Vaccination United Provinces of Agra and Oudh 1923-1928 - 1923-1928
Year: 1923
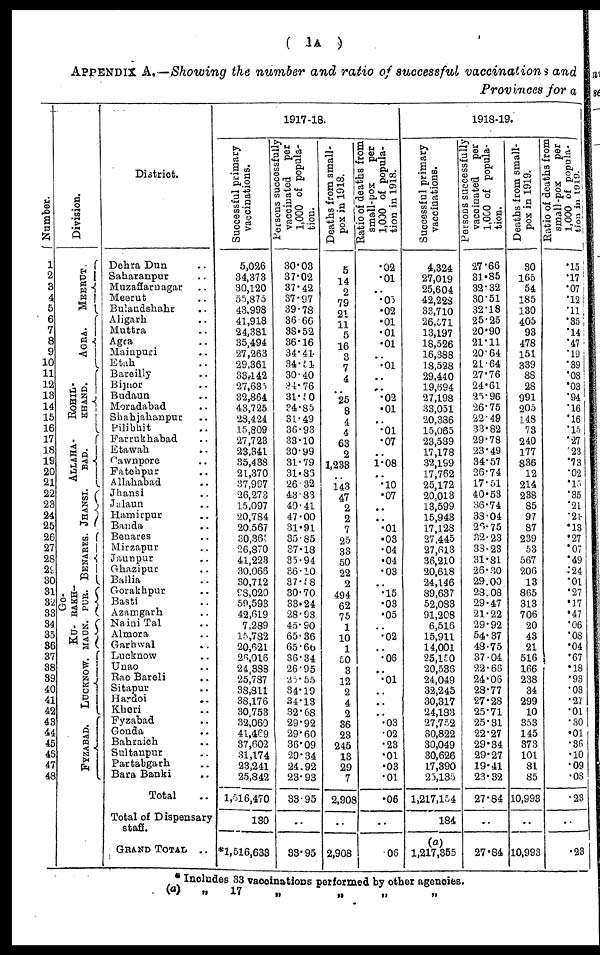
( 1A )
APPENDIX A.—Showing the number and ratio of successful vaccinations and
Provinces for a
Number.
1
2
3
4
5
6
7
8
9
10
11
12
13
14
15
16
17
18
19
20
21
22
23
24
25
26
27
28
29
30
31
32
33
34
35
36
37
38
39
40
41
42
43
44
45
46
47
48
Division.
MEERUT .
AGRA.
ROHIL¬
KHAND.
ALLAHA-
BAD.
JHANSI.
BENARES.
Go¬
RAKH¬
PUR.
KU¬
MAUN.
LUCKNOW.
FYZABAD.
District.
Dehra Dun ..
Saharanpur ..
Muzaffarnagar ..
Meerut ..
Bulandshahr ..
Aligarh ..
Muttra ..
Agra ..
Mainpuri ..
Etah ..
Bareilly ..
Bijnor ..
Budaun ..
Moradabad ..
Shahjahanpur ..
Pilibhit ..
Farrukhabad ..
Etawah ..
Cawnpore ..
Fatehpur ..
Allahabad ..
Jhansi ..
Jalaun ..
Hamirpur ..
Banda ..
Benares ..
Mirzapur ..
Jaunpur ..
Ghazipur ..
Ballia ..
Gorakhpur ..
Basti ..
Azamgarh ..
Naini Tal ..
Almora ..
Garhwal ..
Lucknow ..
Unao ..
Rae Bareli ..
Sitapur ..
Hardoi ..
Kheri ..
Fyzabad ..
Gonda ..
Bahraich ..
Sultanpur ..
Partabgarh ..
Bara Banki ..
Total ..
Total of Dispensary
staff.
GRAND TOTAL ..
1917-18.
Successful primary
vaccinations.
5,026
34,373
30,120
55,875
43,998
41,918
24,381
35,494
27,263
29,361
33,142
27,635
32,864
43,725
28,424
15,809
27,723
23,341
35,438
21,370
37,997
26,273
15,097
20,784
20,567
30,365
26,870
41,223
30,066
30,712
98,020
50,593
42,619
7,289
15,782
20,621
26,016
24,388
25,787
38,811
38,176
30,753
32,060
41,469
37,602
31,174
23,241
25,842
1,516,470
130
*1, 516,638
Persons successfully
vaccinated per
1,000 of popula-
tion.
30.03
37.02
37.42
37.97
39.78
36.66
38.52
36.16
34.41
34.51
30.40
34.76
31.50
34.85
31.49
36.93
33.10
30.99
31.79
31.86
26 32
43.83
40.41
47.00
31.91
35.85
37.18
35.94
36.10
37.58
30.70
33.24
28.93
45.90
65.36
65.66
36.34
26.95
25.55
34.19
34.13
32.68
29.92
29.60
36.09
29.34
24.92
23.93
33.95
..
33.95
Deaths from small-
pox in 1918.
5
14
2
79
21
11
5
16
3
7
4
..
25
8
4
4
63
2
1,233
..
143
47
2
2
7
25
33
50
22
2
494
62
75
1
10
1
50
3
12
2
4
2
36
23
245
13
29
7
2,908
..
2,908
Ratio of deaths from
small-pox
per
1,000 of popula-
tion in 1918.
.02
.01
..
.05
.02
.01
.01
.01
..
.01
..
..
.02
.01
..
.01
.07
..
1.08
..
.10
.07
..
..
.01
.03
.04
.04
.03
..
.15
.03
.05
..
.02
..
.06
..
.01
..
..
..
.03
.02
.23
.01
.03
.01
.06
..
.06
1918-19.
Successful primary
vaccinations.
4,324
27,019
25,604
42,228
33,710
26,571
13,197
18,526
16,388
18,528
29,440
19,694
27,198
33,051
20,386
15,065
23,589
17,178
32,199
17,762
25,172
20,013
13,599
15,943
17,128
27,445
27,613
36,210
20,618
24,146
89,637
52,083
91,208
6,516
15,911
14,001
25,150
20,536
24,049
32,245
30,317
24,183
27,752
30,822
30,049
30,626
17,390
25,135
1,217,154
184
(a)
1,217,355
Persons successfully
vaccinated
per
1,000 of popula¬
tion.
27.66
31.85
32.32
30.51
32.18
25.25
20.90
21.11
20.64
21.64
27.76
24.61
25.96
26.75
22.49
33.82
29.78
23.49
34.57
26.74
17.51
40.53
36.74
38.04
26.75
32.23
38.23
31.81
26.30
29.00
28.08
29.47
21.22
29.92
54.37
48.75
37.04
22.66
24.06
28.77
27.28
25.71
25.31
22.27
29.34
29.27
19.41
23.32
27.84
..
27.84
Deaths from small¬
pox in 1919.
30
165
54
185
130
405
93
478
151
339
88
28
991
205
148
73
240
177
836
12
214
238
85
97
87
239
53
567
206
13
865
313
706
20
43
21
516
166
238
34
299
10
353
145
373
101
81
85
10,993
..
10,993
Ratio of deaths from
small-pox
per
1,000 of popula-
tion in 1919.
.15
.17
.07
.12
.11
.35
.14
.47
.19
.39
.08
.03
.94
.16
.16
.15
.27
.23
.73
.02
.15
.35
.21
.21
.13
.27
.07
.49
.24
.01
.27
.17
.47
.06
.08
.04
.67
.18
.93
.03
.27
.01
.30
.01
.36
.10
.09
.08
.23
..
.23
*
(a)
Includes 33 vaccinations performed by other agencies.
„
17
„
„
„
„